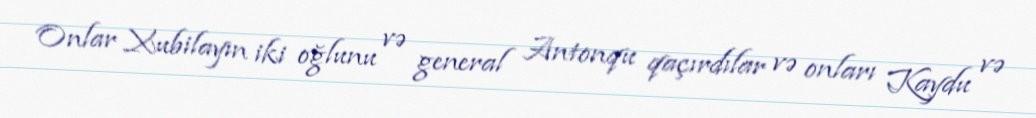
Onlar Xubilayın iki oğlunu və general Antonqu qaçırdılar və onları Kaydu və